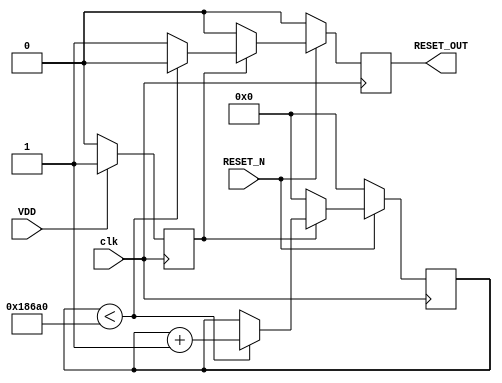
module PowerOnReset #(
    parameter RESET_DURATION = 100000 // Duration of reset in clock cycles
)(
    input wire VDD,        // Power supply status
    input wire RESET_N,    // Active low reset input
    input wire clk,        // Clock signal
    output reg RESET_OUT    // Reset output signal
);

    // State declaration
    reg power_on; // Indicates if the power is stable
    reg [31:0] counter; // Counter for reset duration

    // Initial state
    initial begin
        RESET_OUT = 1'b1; // Active high reset output
        power_on = 1'b0;   // Initially, power is not stable
        counter = 0;       // Initialize counter
    end

    // Detect power-on condition
    always @(posedge clk) begin
        if (VDD) begin
            power_on <= 1'b1; // Power is stable
        end else begin
            power_on <= 1'b0; // Power is not stable
        end
    end

    // Reset output logic
    always @(posedge clk) begin
        if (!RESET_N) begin
            // If RESET_N is asserted, hold RESET_OUT low
            RESET_OUT <= 1'b0; 
            counter <= 0; // Reset counter
        end else if (power_on) begin
            // If power is stable and RESET_N is not asserted
            if (counter < RESET_DURATION) begin
                // Keep RESET_OUT low for the defined duration
                RESET_OUT <= 1'b0;
                counter <= counter + 1;
            end else begin
                // After the duration, release the reset
                RESET_OUT <= 1'b1;
            end
        end else begin
            // If power is not stable, keep RESET_OUT low
            RESET_OUT <= 1'b0;
            counter <= 0; // Reset counter
        end
    end

endmodule